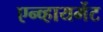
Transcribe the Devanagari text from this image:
एन्व्हायर्मेट